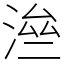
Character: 㴉